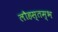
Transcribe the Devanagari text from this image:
लौहस्तम्भ